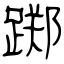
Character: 踯